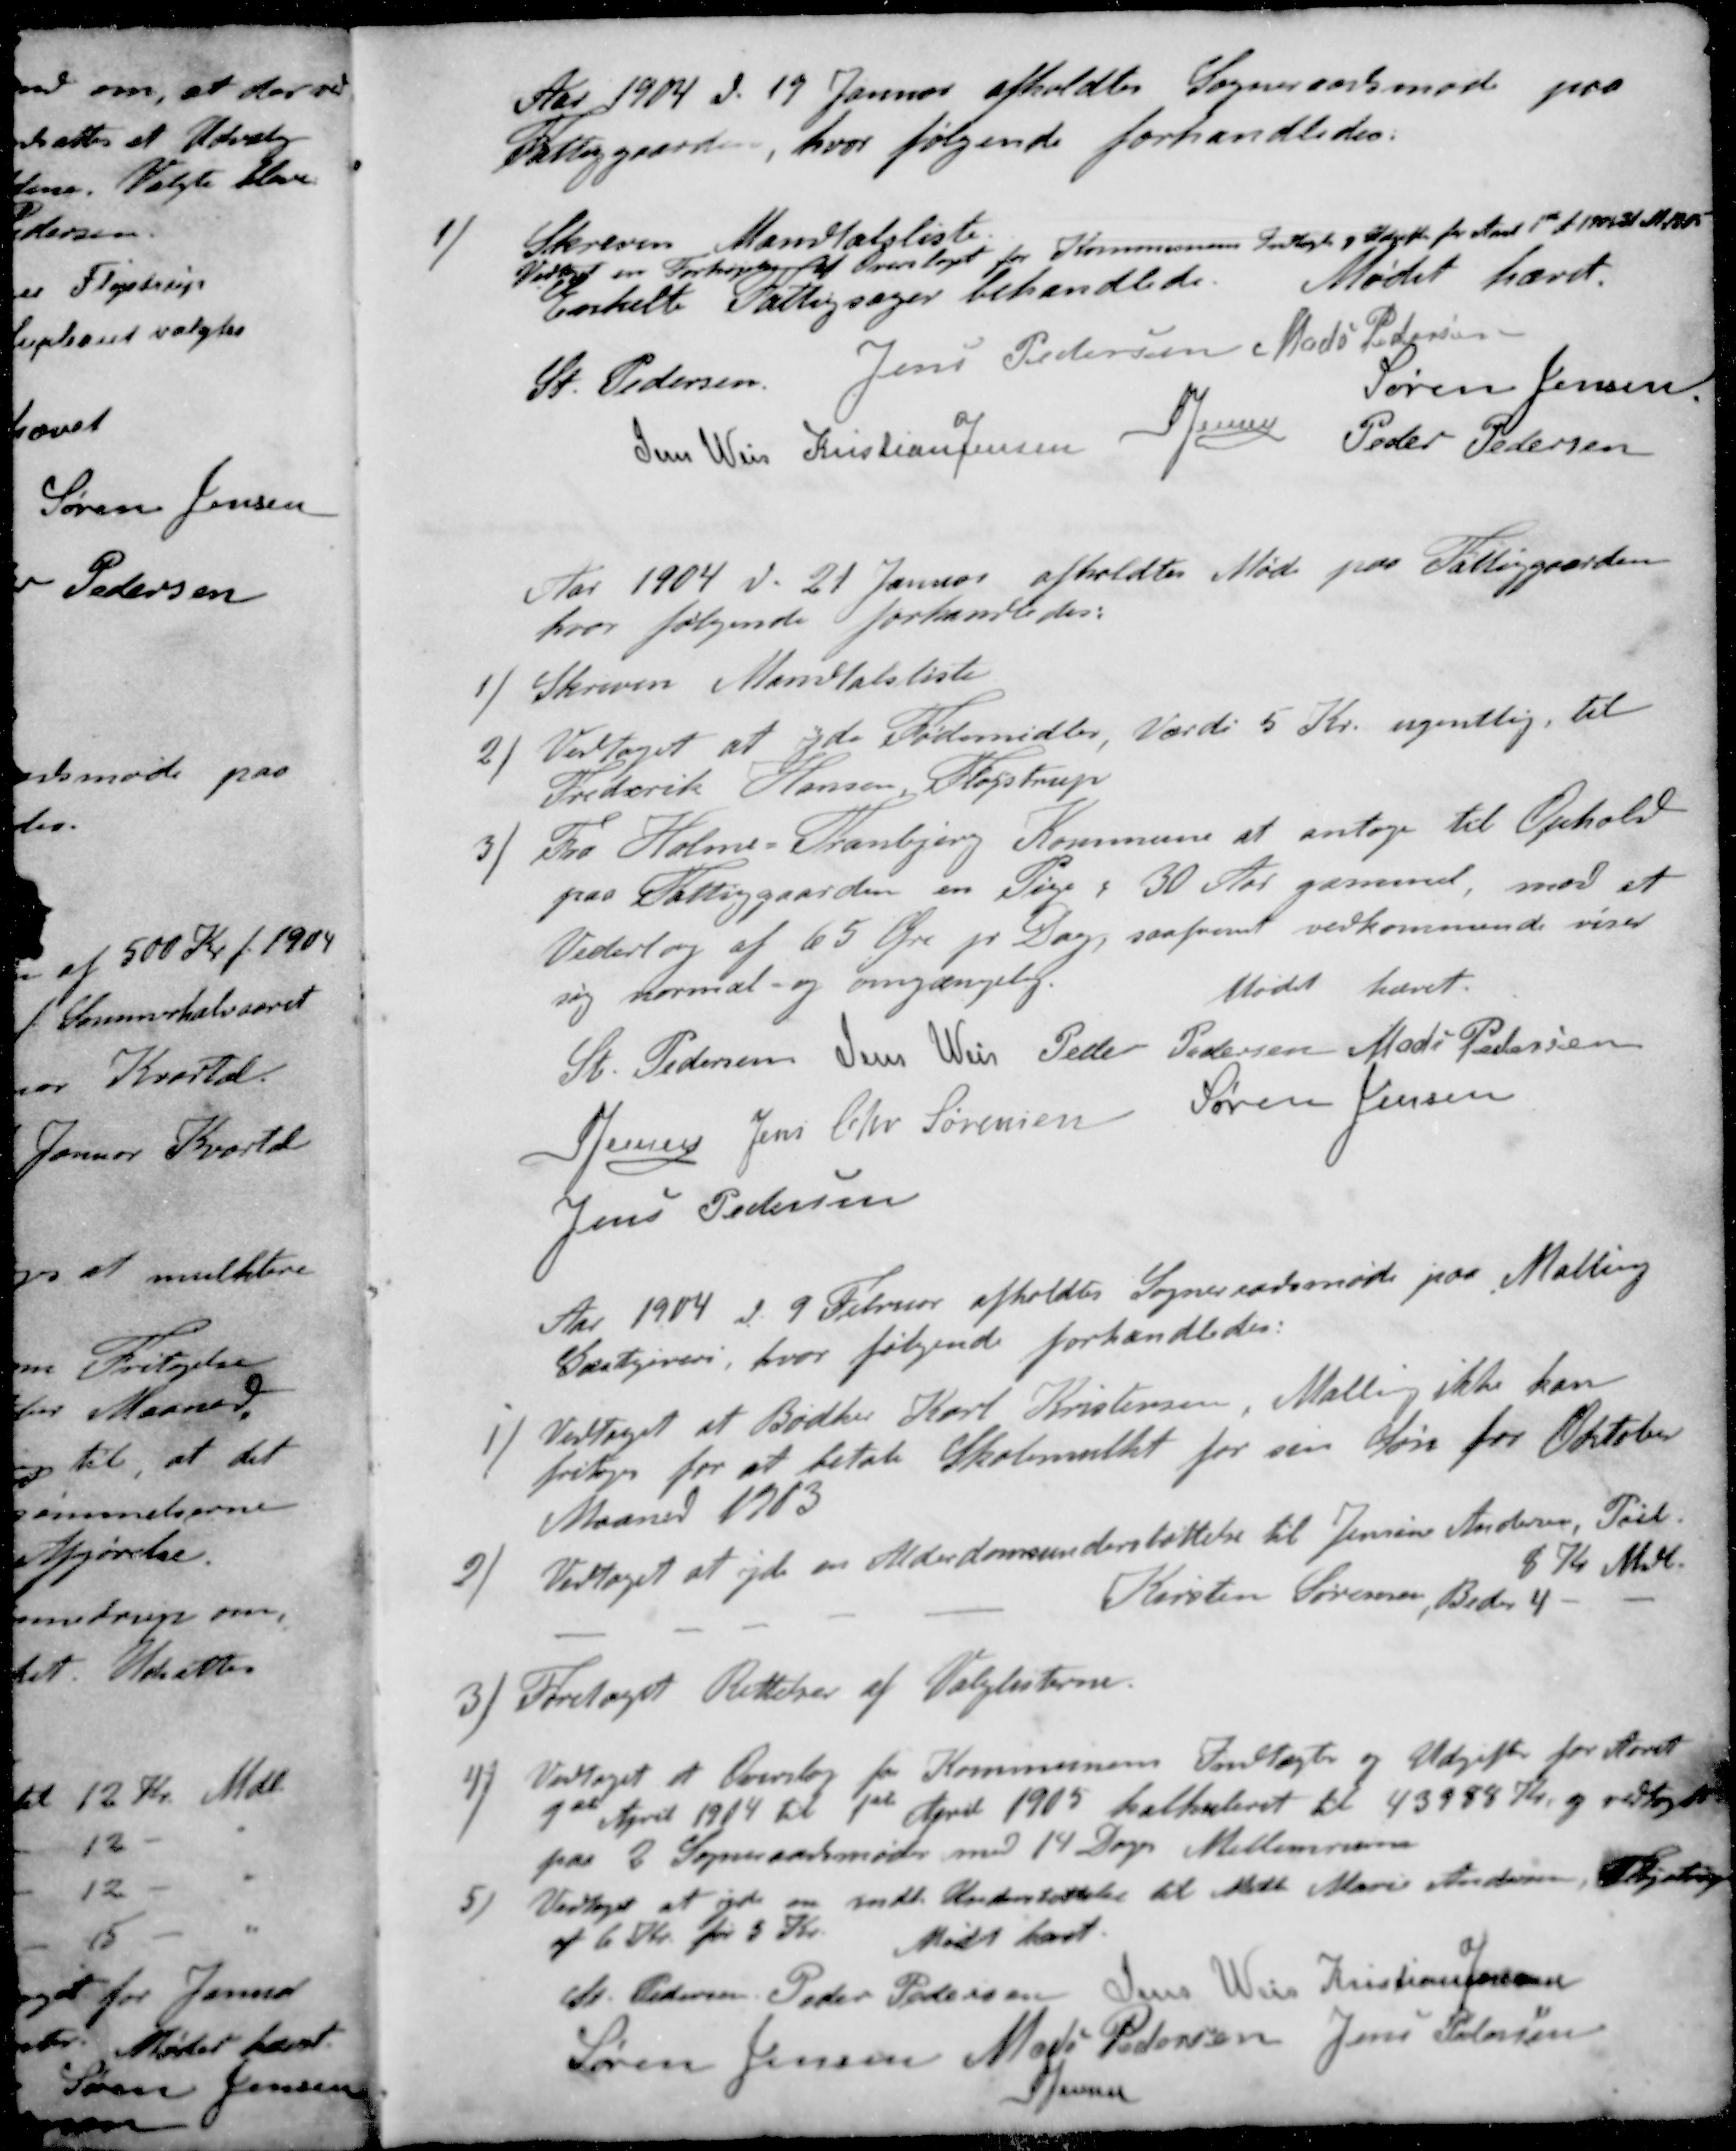
Transskription:
Aar 1904 d. 19 Januar afholdtes Sogneraadsmøde paa
Fattiggaarden, hvor følgende forhandledes.
1 / Skreven Mandtalsliste
Vedtog en Forhøjelse af Overslaget for Kommunens Indtægt og Udgifter for Aaret 1st A 1904 31 M 1905
Enkelte Fattigsager behandlede. Mødet hævet.
St Pedersen
Jens Pedersen
Mads Pedersen
Søren Jensen
Jens Weis
Kristian Jensen
S Jensen
Peder Pedersen
Aar 1904 d. 21 Januar afholdtes Møde paa Fattiggaarden
hvor følgende forhandledes:
1 / Skreven Mandtalsliste
2 / Vedtaget at yde Fødemidler, Værdi 5 Kr. ugentlig til
Frederik Hansen, Fløjstrup
3 / Fra Holme-Tranbjerg Kommune at antage til Ophold
paa Fattiggaarden en Pige, 30 Aar gammel, mod et
Vederlag af 65 Øre pr. Dag, saafremt vedkommende viser
sig normal og omgængelig.
Mødet hævet.
St Pedersen
Jens Weis
Peder Pedersen
Mads Pedersen
S Jensen
Jens Chr Sørensen
Søren Jensen
Jens Pedersen
Aar 1904 d. 9 Februar afholdtes Sogneraadsmøde paa Malling
Gæstgiveri, hvor følgende forhandledes:
1 / Vedtaget at Bødker Karl Kristensen, Malling ikke kan
fritages for at betale Skolemulkt for sin Søn for Oktober
Maaned 1903
2 / Vedtoget at yde en Alderdomsunderstøttelse til Jensine Andersen, Pøel
8 Kr Mdl.
Kirsten Sørensen, Beder 4 - -
3 / Foretaget Rettelser af Valglisterne.
4 / Vedtaget et Overslag for Kommunens Indtægter og Udgifter for Aaret
1st April 1904 til 1st April 1905 kalkuleret til 43988 Kr. og vedtaget
paa 2 Sogneraadsmøder med 14 Dage Mellemrum
5 / Vedtaget at yde en mdl Understøttelse til Mette Marie Andersen, Fløjstrup
af 6 Kr fra 5 Kr.
Mødet hævet.
St Pedersen
Peder Pedersen
Jens Weis
Kristian Jensen
Søren Jensen
Mads Pedersen
Jens Petersen
S Jensen